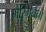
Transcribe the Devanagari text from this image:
मैरिगनैनों